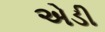
એડી